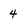
Character: 4